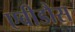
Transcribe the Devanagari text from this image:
एबीडौस